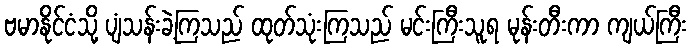
ဗမာနိုင်ငံသို့ ပျံသန်းခဲ့ကြသည် ထုတ်သုံးကြသည် မင်းကြီးသူရ မုန်းတီးကာ ကျယ်ကြီး